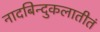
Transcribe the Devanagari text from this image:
नादबिन्दुकलातीतं